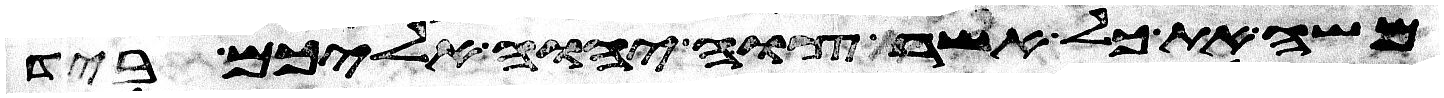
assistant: משה את כל אשר צוה יהוה אליכם ביד